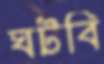
ঘটবি